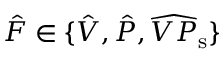
\hat { F } \in \{ \hat { V } , \hat { P } , \widehat { V P } _ { \mathrm { s } } \}